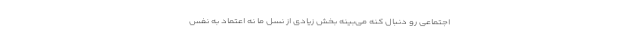
اجتماعی رو دنبال کنه می‌بینه بخش زیادی از نسل ما نه اعتماد به نفس